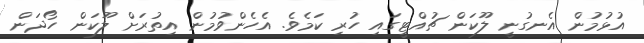
އުޅުމުން އެނގުނީ ލޫކަން ޗުއްޓީގައި ހުރި ކަމެވެ. އެހެންވުމުން އިތުރަށް ލޫކަން ހޯދަން